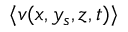
\langle v ( x , y _ { s } , z , t ) \rangle